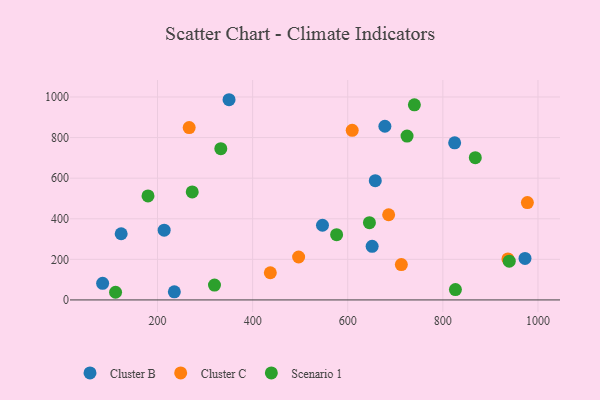
{"axis": {"x": "Ad Spend", "y": "Exam Score"}, "legend": ["Cluster B", "Cluster C", "Scenario 1"], "data": [{"x": "651.3", "y": 264.1, "type": "Cluster B"}, {"x": "235.4", "y": 39.8, "type": "Cluster B"}, {"x": "84.6", "y": 81.8, "type": "Cluster B"}, {"x": "824.8", "y": 774.2, "type": "Cluster B"}, {"x": "123.6", "y": 326.0, "type": "Cluster B"}, {"x": "678.1", "y": 855.9, "type": "Cluster B"}, {"x": "546.9", "y": 368.0, "type": "Cluster B"}, {"x": "214.0", "y": 343.5, "type": "Cluster B"}, {"x": "972.7", "y": 204.6, "type": "Cluster B"}, {"x": "350.4", "y": 986.5, "type": "Cluster B"}, {"x": "657.9", "y": 587.8, "type": "Cluster B"}, {"x": "936.8", "y": 202.1, "type": "Cluster C"}, {"x": "977.7", "y": 479.5, "type": "Cluster C"}, {"x": "437.2", "y": 133.9, "type": "Cluster C"}, {"x": "686.0", "y": 419.6, "type": "Cluster C"}, {"x": "609.4", "y": 835.5, "type": "Cluster C"}, {"x": "266.6", "y": 849.3, "type": "Cluster C"}, {"x": "496.7", "y": 211.4, "type": "Cluster C"}, {"x": "712.7", "y": 174.4, "type": "Cluster C"}, {"x": "740.1", "y": 961.2, "type": "Scenario 1"}, {"x": "645.6", "y": 380.9, "type": "Scenario 1"}, {"x": "333.1", "y": 745.5, "type": "Scenario 1"}, {"x": "826.4", "y": 51.2, "type": "Scenario 1"}, {"x": "111.8", "y": 37.7, "type": "Scenario 1"}, {"x": "868.2", "y": 700.8, "type": "Scenario 1"}, {"x": "180.0", "y": 512.3, "type": "Scenario 1"}, {"x": "273.0", "y": 532.1, "type": "Scenario 1"}, {"x": "319.8", "y": 73.3, "type": "Scenario 1"}, {"x": "939.6", "y": 191.0, "type": "Scenario 1"}, {"x": "724.7", "y": 807.5, "type": "Scenario 1"}, {"x": "576.6", "y": 321.7, "type": "Scenario 1"}]}